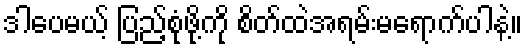
ဒါပေမယ့် ပြည့်စုံဖို့ကို စိတ်ထဲအရမ်းမရောက်ပါနဲ့။